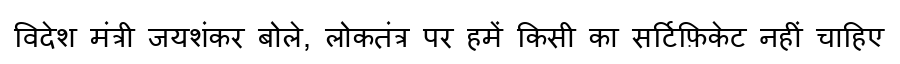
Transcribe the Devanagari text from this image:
विदेश मंत्री जयशंकर बोले, लोकतंत्र पर हमें किसी का सर्टिफ़िकेट नहीं चाहिए